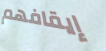
إيقافهم